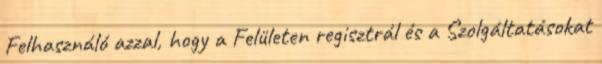
Felhasználó azzal, hogy a Felületen regisztrál és a Szolgáltatásokat